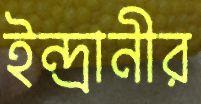
ইন্দ্রানীর